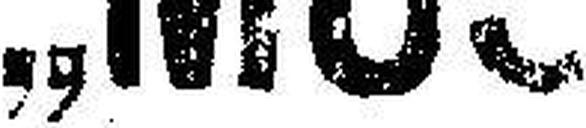
„MUSICA“